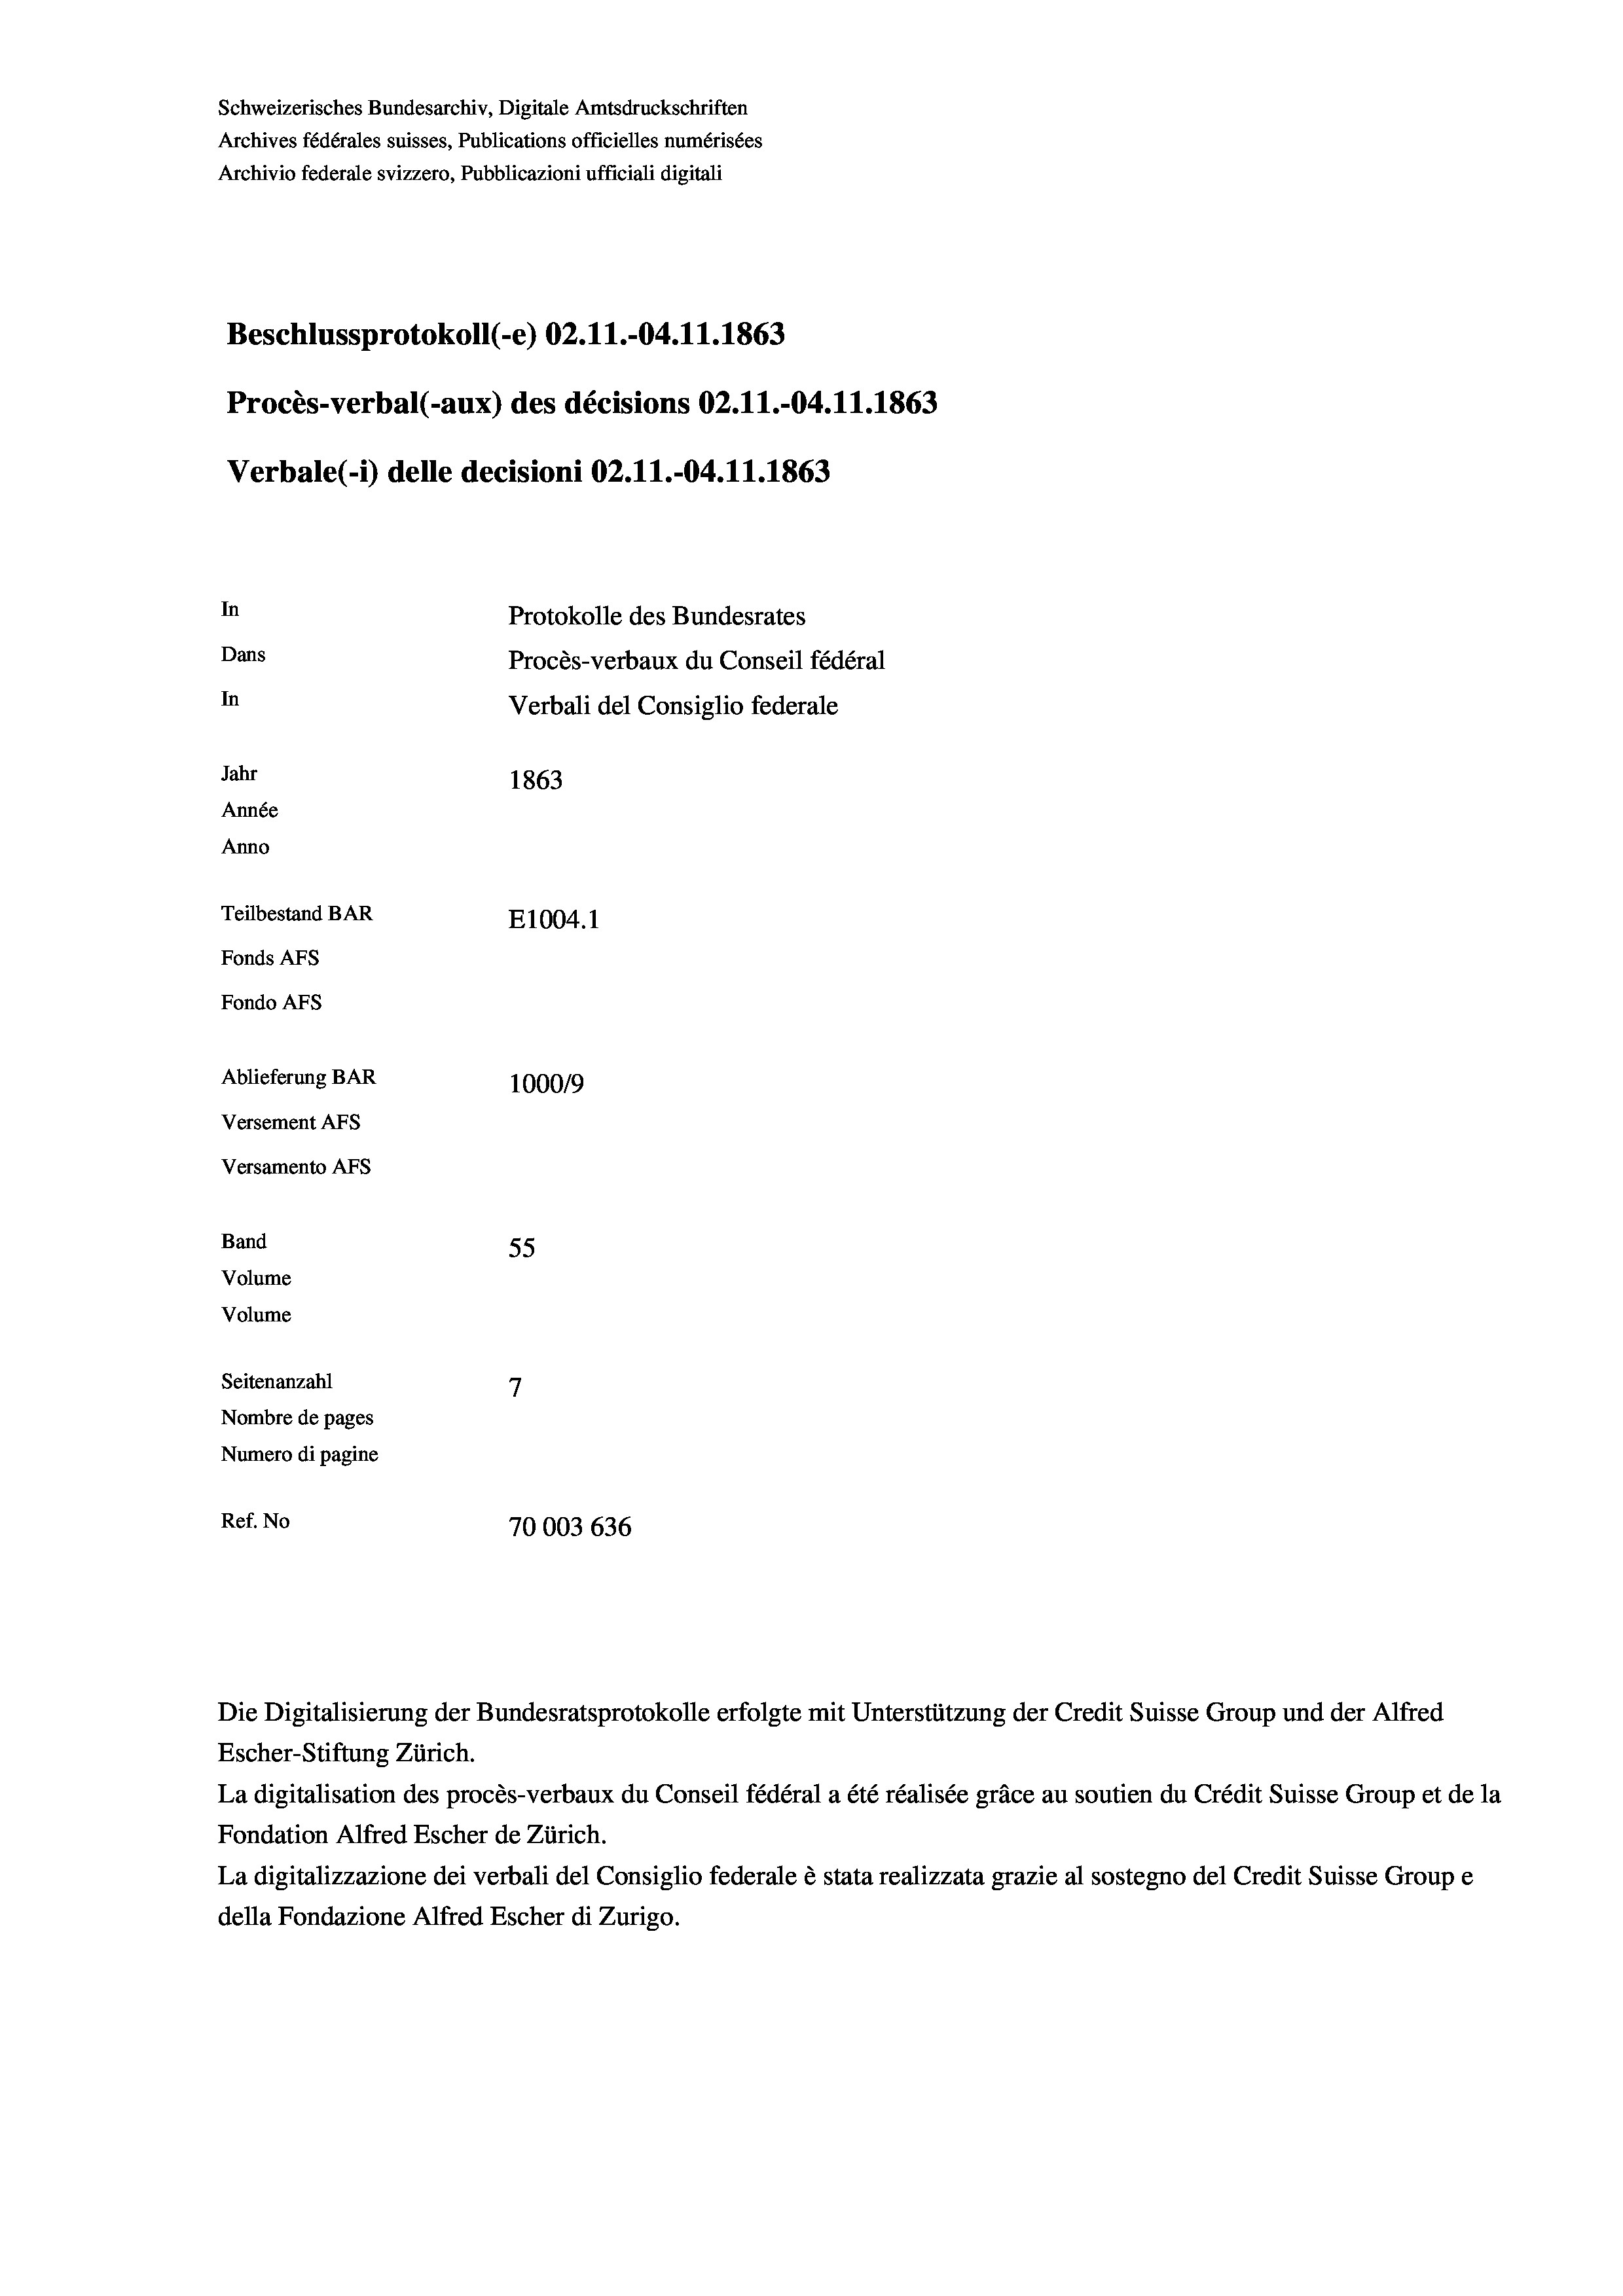
Schweizerisches Bundesarchiv, Digitale Amtsdruckschriften
Archives fédérales suisses, Publications officielles numérisées
Archivio federale svizzero, Pubblicazioni ufficiali digitali
Beschlussprotokoll (-e) 02.11.-04.11.1863
Procès-verbal (-aux) des décisions 02.11.-04.11.1863
Verbale(-*) delle decisioni 02.11.-04. 11. 1863
In
Protokolle des Bundesrates
Dans
Procès-verbaux du Conseil fédéral
In
Verbali del Consiglio federale
Jahr
1863
Année
Anno
Teilbestand BAR
E1004.1
Fonds AFs
Fondo AFs
Ablieferung BAR
1000/9
Versement As
Versamento Afs
Band
55
Volume
Volume
7
Seitenanzahl
Nombre de pages
Numero di pagine
Ref. No
70003 636

Escher-Stiftung Zürich.
La digitalisation des procès-verbaux du Conseil fédéral a été réalisée gräce au soutien du Crédit Suisse Group et de la
Fondation Alfred Escher de Zürich.
La digitalizzazione dei verbali del Consiglio federale è stata realizzata grazie al sostegno del Credit Suisse Groupe
della Fondazione Alfred Escher di Zurigo.

Die Digitalisierung der Bundesratsprotokolle erfolgte mit Unterstützung der Credit Suisse Group und der Alfred